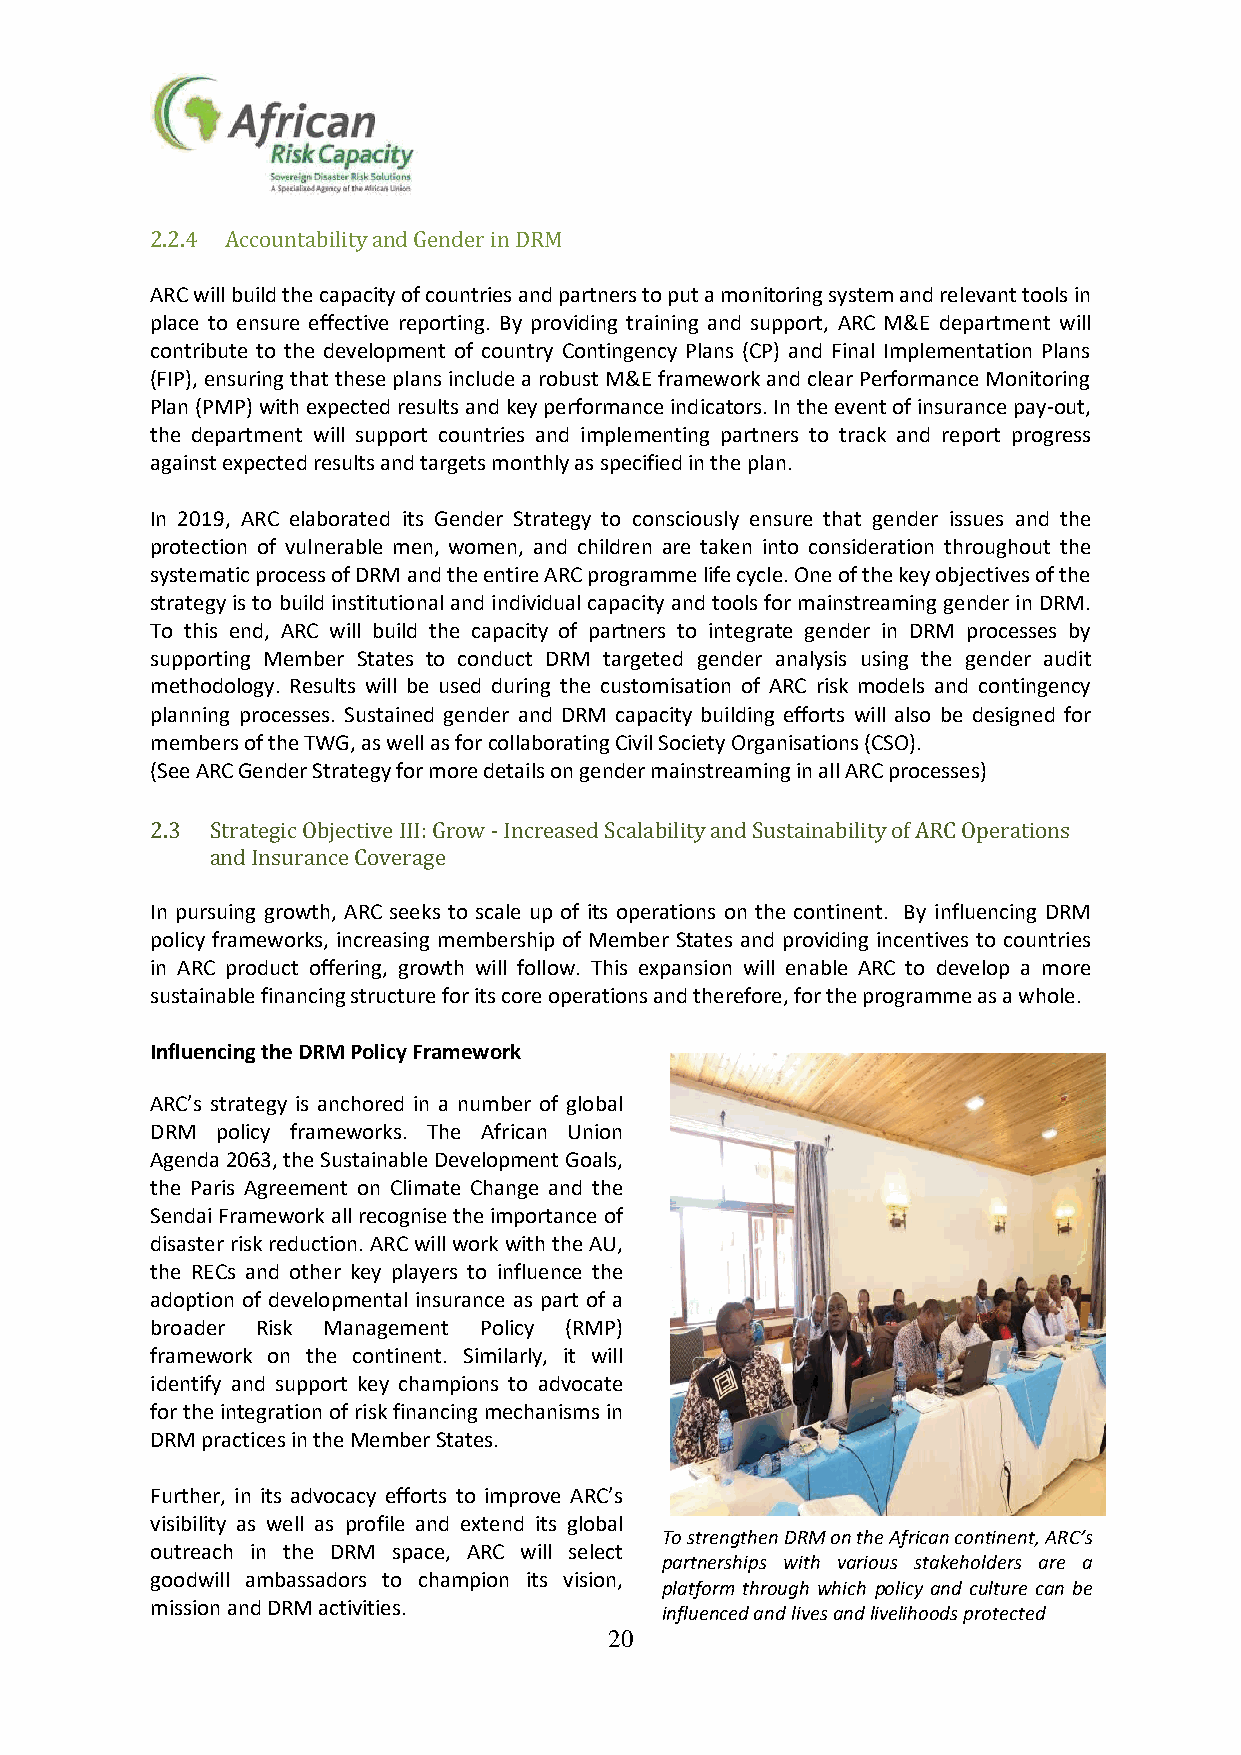
2.2.4 Accountability and Gender in DRM
 ARC will build the capacity of countries and partners to put a monitoring system and relevant tools in
 place to ensure effective reporting. By providing training and support, ARC M&E department will
 contribute to the development of country Contingency Plans (CP) and Final Implementation Plans
 (FIP), ensuring that these plans include a robust M&E framework and clear Performance Monitoring
 Plan (PMP) with expected results and key performance indicators. In the event of insurance pay-out,
 the department will support countries and implementing partners to track and report progress
 against expected results and targets monthly as specified in the plan.
 In 2019, ARC elaborated its Gender Strategy to consciously ensure that gender issues and the
 protection of vulnerable men, women, and children are taken into consideration throughout the
 systematic process of DRM and the entire ARC programme life cycle. One of the key objectives of the
 strategy is to build institutional and individual capacity and tools for mainstreaming gender in DRM.
 To this end, ARC will build the capacity of partners to integrate gender in DRM processes by
 supporting Member States to conduct DRM targeted gender analysis using the gender audit
 methodology. Results will be used during the customisation of ARC risk models and contingency
 planning processes. Sustained gender and DRM capacity building efforts will also be designed for
 members of the TWG, as well as for collaborating Civil Society Organisations (CSO).
 (See ARC Gender Strategy for more details on gender mainstreaming in all ARC processes)
 2.3 Strategic Objective III: Grow - Increased Scalability and Sustainability of ARC Operations
 and Insurance Coverage
 In pursuing growth, ARC seeks to scale up of its operations on the continent. By influencing DRM
 policy frameworks, increasing membership of Member States and providing incentives to countries
 in ARC product offering, growth will follow. This expansion will enable ARC to develop a more
 sustainable financing structure for its core operations and therefore, for the programme as a whole.
 Influencing the DRM Policy Framework
 ARC’s strategy is anchored in a number of global
 DRM policy frameworks. The African Union
 Agenda 2063, the Sustainable Development Goals,
 the Paris Agreement on Climate Change and the
 Sendai Framework all recognise the importance of
 disaster risk reduction. ARC will work with the AU,
 the RECs and other key players to influence the
 adoption of developmental insurance as part of a
 broader Risk Management Policy (RMP)
 framework on the continent. Similarly, it will
 identify and support key champions to advocate
 for the integration of risk financing mechanisms in
 DRM practices in the Member States.
 Further, in its advocacy efforts to improve ARC’s
 visibility as well as profile and extend its global
 To strengthen DRM on the African continent, ARC’s
 outreach in the DRM space, ARC will select
 partnerships with various stakeholders are a
 goodwill ambassadors to champion its vision,
 platform through which policy and culture can be
 mission and DRM activities.
 influenced and lives and livelihoods protected
 20